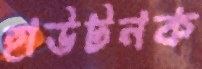
হাউটনক